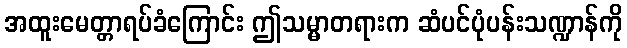
အထူးမေတ္တာရပ်ခံကြောင်း ဤသမ္မာတရားက ဆံပင်ပုံပန်းသဏ္ဍာန်ကို